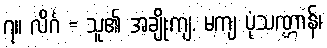
၇။ လိင်္ဂ = သူ၏ အချိုးကျ, မကျ ပုံသဏ္ဌာန်၊